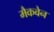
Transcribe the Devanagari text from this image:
मैकवेन